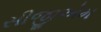
સીજીએમ